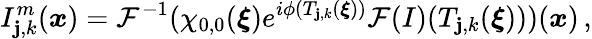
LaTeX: I_{\mathbf{j},k}^{m}(\boldsymbol{x})=\mathcal{{F}}^{-1}(\chi_{0,0}(\boldsymbol{\xi})e^{i\phi(T_{\mathbf{j},k}(\boldsymbol{\xi}))}\mathcal{{F}}(I)(T_{\mathbf{j},k}(\boldsymbol{\xi})))(\boldsymbol{x})\, ,